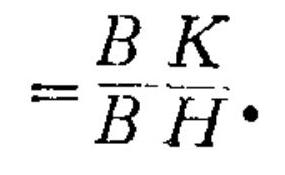
$=\frac{B}{B}\frac{K}{H}.$